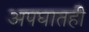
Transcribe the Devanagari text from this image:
अपघातही